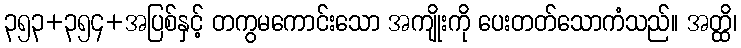
၃၅၃+၃၅၄+အပြစ်နှင့် တကွမကောင်းသော အကျိုးကို ပေးတတ်သောကံသည်။ အတ္ထိ၊